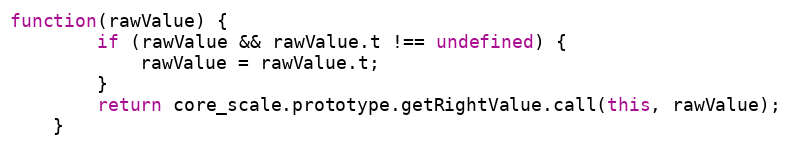
Language: JavaScript
function(rawValue) {
		if (rawValue && rawValue.t !== undefined) {
			rawValue = rawValue.t;
		}
		return core_scale.prototype.getRightValue.call(this, rawValue);
	}